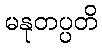
မနုတပ္ပတိ